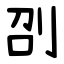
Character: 刟